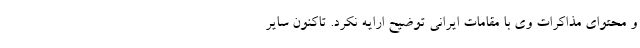
و محتوای مذاکرات وی با مقامات ایرانی توضیح ارایه نکرد. تاکنون سایر